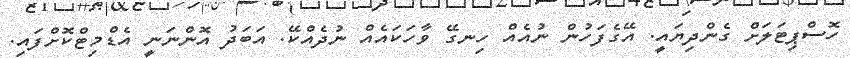
ހޮސްޕިޓަލަށް ގެންދިޔައީ. އޭގެފަހުން ނުއެއް ހިނގޭ ވާހަކައެއް ނުދެއްކޭ. އަބަދު އޮންނަނީ އެޑްމިޓްކޮށްފައި.